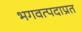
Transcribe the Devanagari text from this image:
भगवत्पदाप्रत